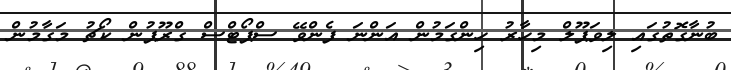
ބުނާގޮތުގައި ލިވަޕޫލް މިހާރު ހިންގަމުން އަންނަ ފެންވޭ ސްޕޯޓްސް ގްރޫޕުން ކޯޗު މަގާމުން